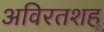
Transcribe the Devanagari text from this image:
अविरतशह